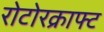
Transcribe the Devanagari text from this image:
रोटोरक्राफ्ट